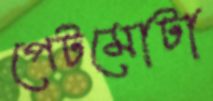
পেটমোটা